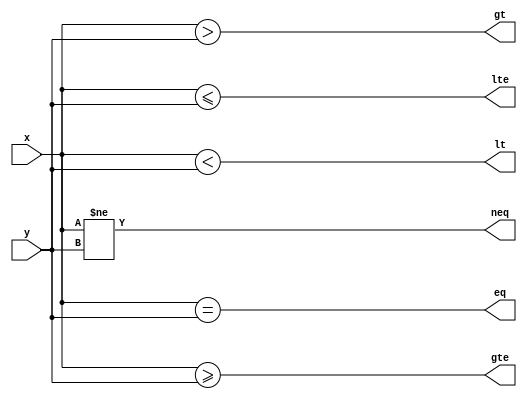
module comparator
#( 
    parameter WIDTH = 8
)
(
    input  [WIDTH - 1:0] x, y,    
    output eq, neq, lt, lte, gt, gte
);
    assign eq  = (x == y);
    assign neq = (x != y);
    assign lt  = (x <  y);
    assign lte = (x <= y);
    assign gt  = (x >  y);
    assign gte = (x >= y);
endmodule